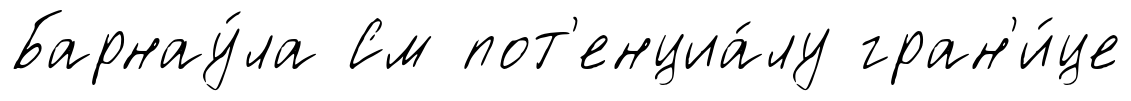
Барнау́ла См пот'енциа́лу гран'и́це